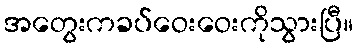
အတွေးကခပ်ဝေးဝေးကိုသွားပြီ။